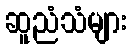
ဆူညံသံများ